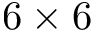
6 \times 6